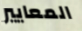
المعايير